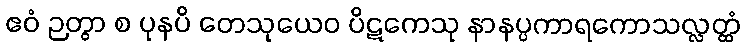
ဧဝံ ဉတွာ စ ပုနပိ တေသုယေဝ ပိဋကေသု နာနပ္ပကာရကောသလ္လတ္ထံ